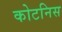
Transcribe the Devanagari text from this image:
कोटनिस